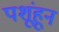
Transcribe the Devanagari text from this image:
पशूंहून